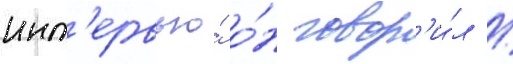
инт'ервью́ о́н говор'и́л /